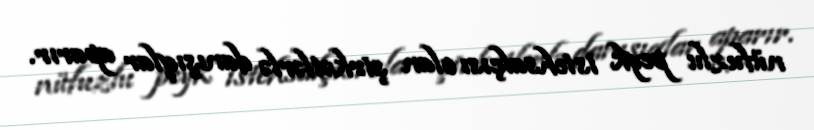
nüfuzlu peyk istehsalçısı olan şirkətlərlə danışıqlar aparır.